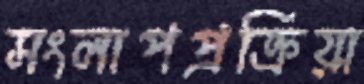
সংলাপপ্রক্রিয়া